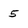
Character: 5